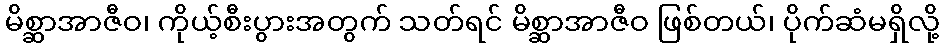
မိစ္ဆာအာဇီဝ၊ ကိုယ့်စီးပွားအတွက် သတ်ရင် မိစ္ဆာအာဇီဝ ဖြစ်တယ်၊ ပိုက်ဆံမရှိလို့